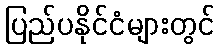
ပြည်ပနိုင်ငံများတွင်